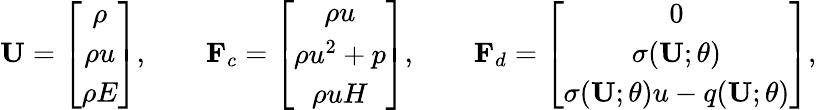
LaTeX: {\mathbf U}=\left[\begin{array}{cc}{\rho}\\ {\rho u}\\ {\rho E}\end{array}\right],\qquad{\mathbf F}_{c}=\left[\begin{array}{cc}{\rho u}\\ {\rho u^{2}+p}\\ {\rho uH}\end{array}\right],\qquad{\mathbf F}_{d}=\left[\begin{array}{cc}{0}\\ {\sigma(\textbf{U};\theta)}\\ {\sigma(\textbf{U};\theta)u-q(\textbf{U};\theta)}\end{array}\right],